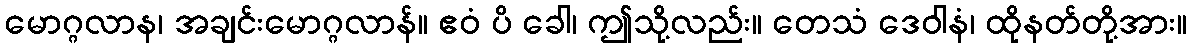
မောဂ္ဂလာန၊ အချင်းမောဂ္ဂလာန်။ ဧဝံ ပိ ခေါ၊ ဤသို့လည်း။ တေသံ ဒေဝါနံ၊ ထိုနတ်တို့အား။